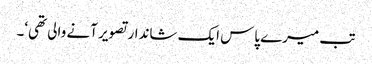
تب میرے پاس ایک شاندار تصویر آنے والی تھی‘۔